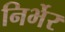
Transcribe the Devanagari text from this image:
निर्भेर